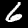
Digit: 6